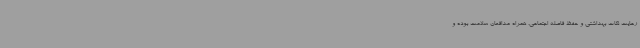
رعایت نکات بهداشتی و حفظ فاصله اجتماعی، همراه مدافعان سلامت بوده و